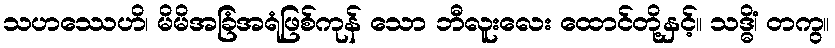
သဟဿေဟိ၊ မိမိအခြံအရံဖြစ်ကုန် သော ဘီလူးလေး ထောင်တို့နှင့်။ သဒ္ဓိံ၊ တကွ။